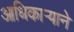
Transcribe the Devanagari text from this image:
आधिकार्‍याने